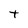
Character: T